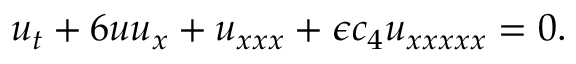
u _ { t } + 6 u u _ { x } + u _ { x x x } + \epsilon c _ { 4 } u _ { x x x x x } = 0 .